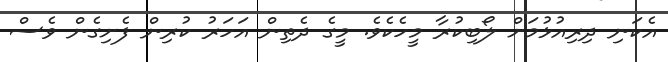
އެކަނި ދިރިއުޅުމަށް ލޯބިކުރާ މީހެކެވެ. މީގެ ދެތިން އަހަރު ކުރިން ފެށިގެން ވެސް